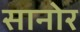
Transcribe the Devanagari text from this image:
सानोर